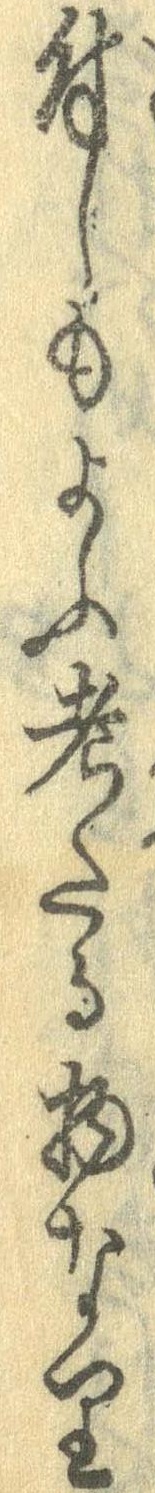
付しもよふ考たる物なり